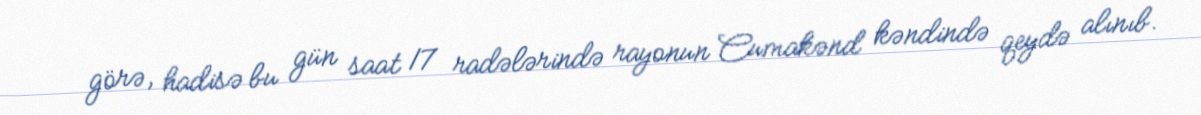
görə, hadisə bu gün saat 17 radələrində rayonun Cumakənd kəndində qeydə alınıb.